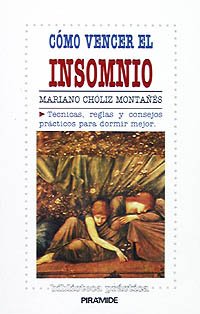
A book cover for Como vencer el insomnio. Tecnicas, reglas y consejos practicos para dormir mejor (BIBLIOTECA PRACTICA) (Spanish Edition); Choliz Montanes; Health, Fitness & Dieting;